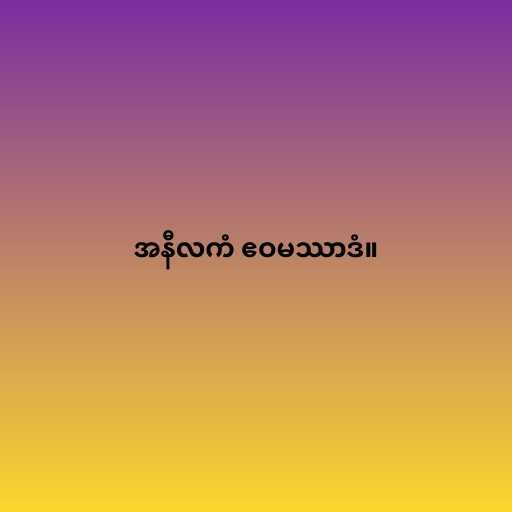
အနီလကံ ဧဝမဿာဒံ။